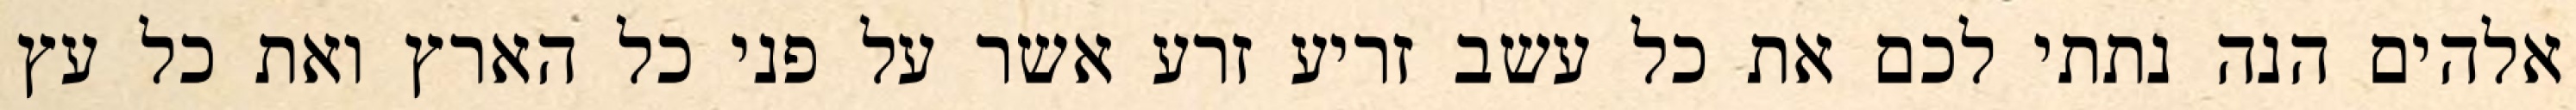
אלהים הנה נתתי לכם את כל עשב זריע זרע אשר על פני כל הארץ ואת כל עץ